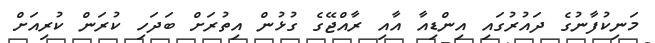
މަނިކުފާނުގެ ދައުރުގައި އިންޑިއާ އާއި ރާއްޖޭގެ ގުޅުން އިތުރަށް ބަދަހި ކުރަން ކުރިއަށް